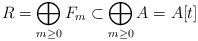
\begin{align*}R = \bigoplus_{m \geq 0} F_m \subset \bigoplus_{m \geq 0} A = A[t]\\\end{align*}